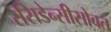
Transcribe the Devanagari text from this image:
रेसिडेन्सीसोबत